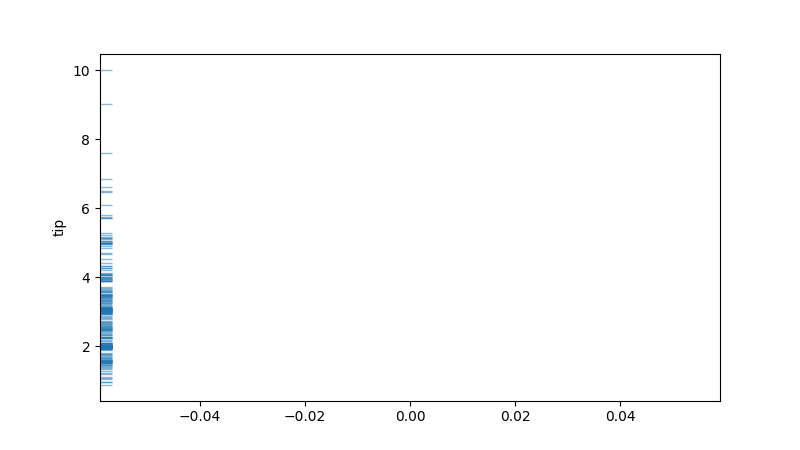
python, seaborn, rugplot, height=0.02, axis='y', alpha=0.5